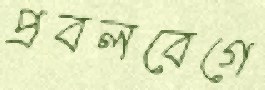
প্রবলবেগে